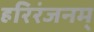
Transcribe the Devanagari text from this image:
हरिरंजनम्